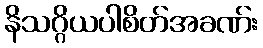
နိသဂ္ဂိယပါစိတ်အခဏ်း